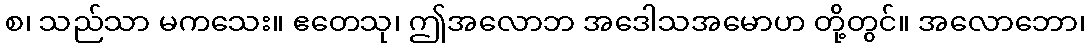
စ၊ သည်သာ မကသေး။ ဧတေသု၊ ဤအလောဘ အဒေါသအမောဟ တို့တွင်။ အလောဘော၊